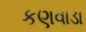
કણવાડા